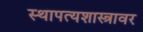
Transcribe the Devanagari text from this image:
स्थापत्यशास्त्रावर